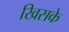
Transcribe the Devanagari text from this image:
खिसके